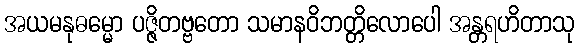
အယမနုဓမ္မော ပဇ္ဇိတဗ္ဗတော သမာနဝိဘတ္တိလောပေါ အန္တရဟိတာသု